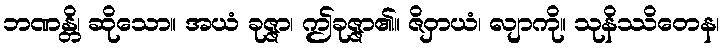
ဘဏန္တိ၊ ဆိုသော။ အယံ ခုဇ္ဇာ၊ ဤခုဇ္ဇာ၏။ ဇိဝှာယံ၊ လျာကို။ သုနိဿိတေန၊